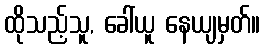
ထိုသည့်သူ, ခေါ်ယူ နေယျမှတ်။